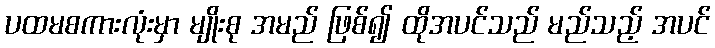
ပထမစကားလုံးမှာ မျိုးစု အမည် ဖြစ်၍ ထိုအပင်သည် မည်သည့် အပင်